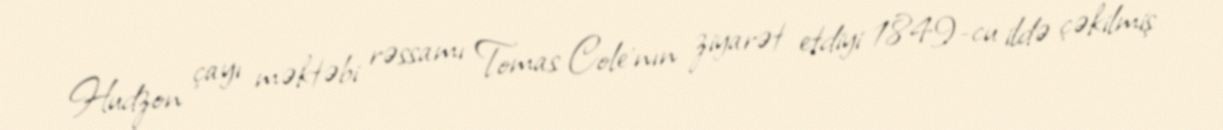
Hudzon çayı məktəbi rəssamı Tomas Cole'nın ziyarət etdiyi 1849-cu ildə çəkilmiş